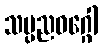
သပ္ပညဝဂ္ဂေါ